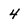
Character: 4